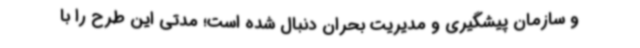
و سازمان پیشگیری و مدیریت بحران دنبال شده است؛ مدتی این طرح را با